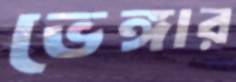
ভেঙ্গার